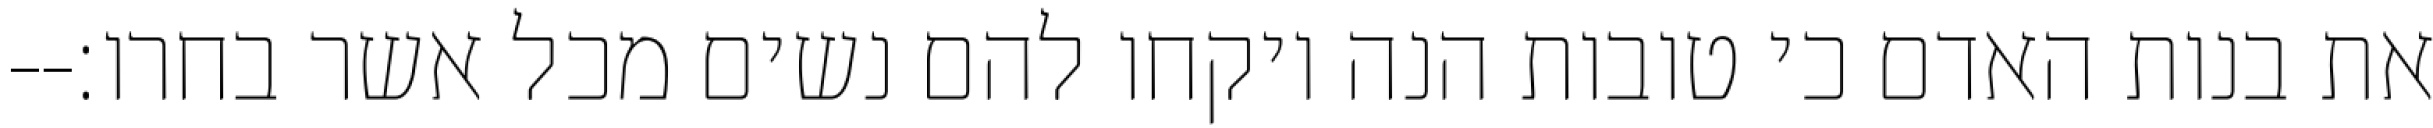
את בנות האדם כי טובות הנה ויקחו להם נשים מכל אשר בחרו׃--